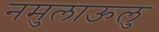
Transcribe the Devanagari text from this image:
नमुलाऊलु